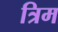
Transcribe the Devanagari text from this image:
त्रिम